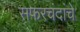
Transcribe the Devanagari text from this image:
सफरचंदांचे